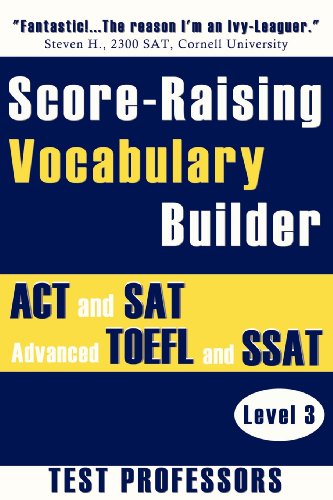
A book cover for Score-Raising Vocabulary Builder for ACT and SAT Prep & Advanced TOEFL and SSAT Study (Level 3); Paul G. IV Simpson; Test Preparation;